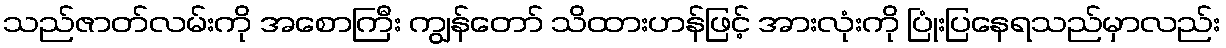
သည်ဇာတ်လမ်းကို အစောကြီး ကျွန်တော် သိထားဟန်ဖြင့် အားလုံးကို ပြုံးပြနေရသည်မှာလည်း